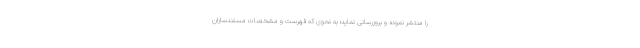
را منتشر نموده و بروزرسانی نماید؛ به نحوی که فهرست و مشخصات مستندسازان